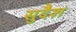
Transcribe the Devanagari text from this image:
सुदैश